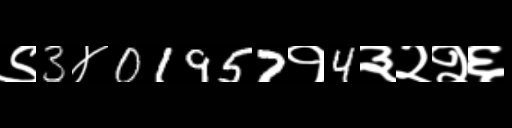
Text: ९3४01957१4३२२६